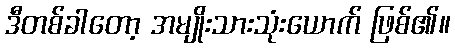
ဒီတစ်ခါတော့ အမျိုးသားသုံးယောက် ဖြစ်၏။